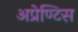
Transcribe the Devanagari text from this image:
अप्रेण्टिस